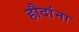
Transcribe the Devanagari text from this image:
हौदांना